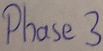
Text: Phase3